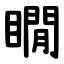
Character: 瞯